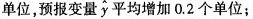
单位，预报变量\widehat { y }平均增加0.2个单位；